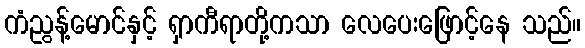
ကံညွန့်မောင်နှင့် ရှာကီရာတို့ကသာ လေပေးဖြောင့်နေ သည်။